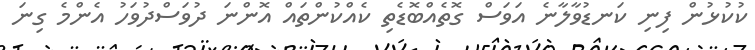
ކުކުޅުން ފިނި ކަނޑުވާލާނެ އަވަސް ގޮތެއްބޮޑެތި ކެއްކުންތައް އޮންނަ ދުވަސްދުވަހު އެންމެ ގިނަ